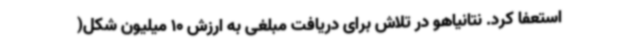
استعفا کرد. نتانیاهو در تلاش برای دریافت مبلغی به ارزش 10 میلیون شکل(